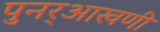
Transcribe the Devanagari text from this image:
पुनर्‌आखणी